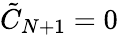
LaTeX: \tilde{C}_{N+1}=0